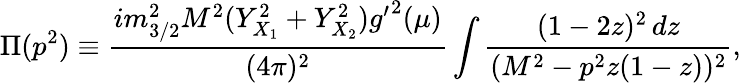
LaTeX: \Pi(p^{2})\equiv\frac{im_{3/2}^{2}M^{2}(Y_{X_{1}}^{2}+Y_{X_{2}}^{2}){g^{\prime}}^{2}(\mu)}{(4\pi)^{2}}\int\frac{(1-2z)^{2}\, dz}{(M^{2}-p^{2}z(1-z))^{2}},